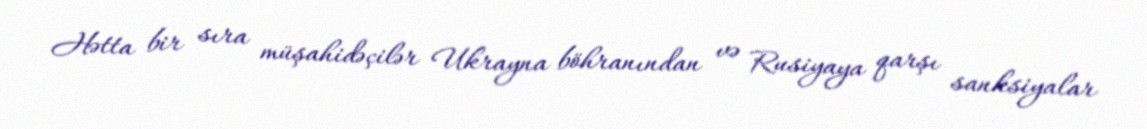
Hətta bir sıra müşahidəçilər Ukrayna böhranından və Rusiyaya qarşı sanksiyalar